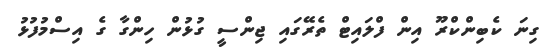
ގިނަ ކެބިންކްރޫ އިން ފްލައިޓް ތެރޭގައި ޖިންސީ ގުޅުން ހިންގާ ގެ އިސްމުފުޅު